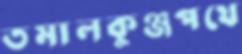
তমালকুঞ্জপথে